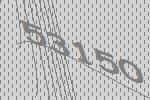
53150